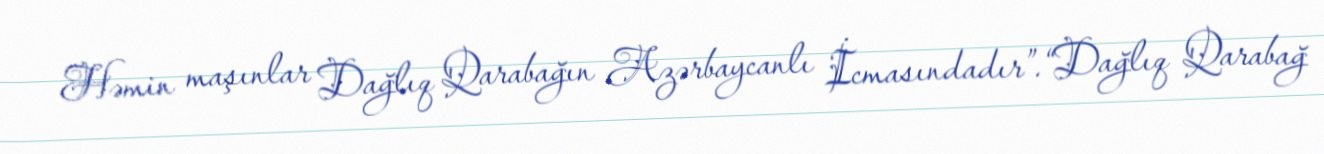
Həmin maşınlar Dağlıq Qarabağın Azərbaycanlı İcmasındadır”.“Dağlıq Qarabağ